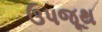
ઉપજૂથ